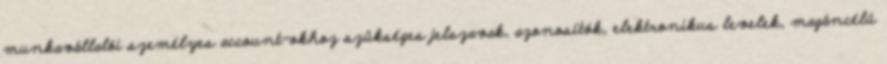
munkavállalói személyes account-okhoz szükséges jelszavak, azonosítók, elektronikus levelek, magáncélú